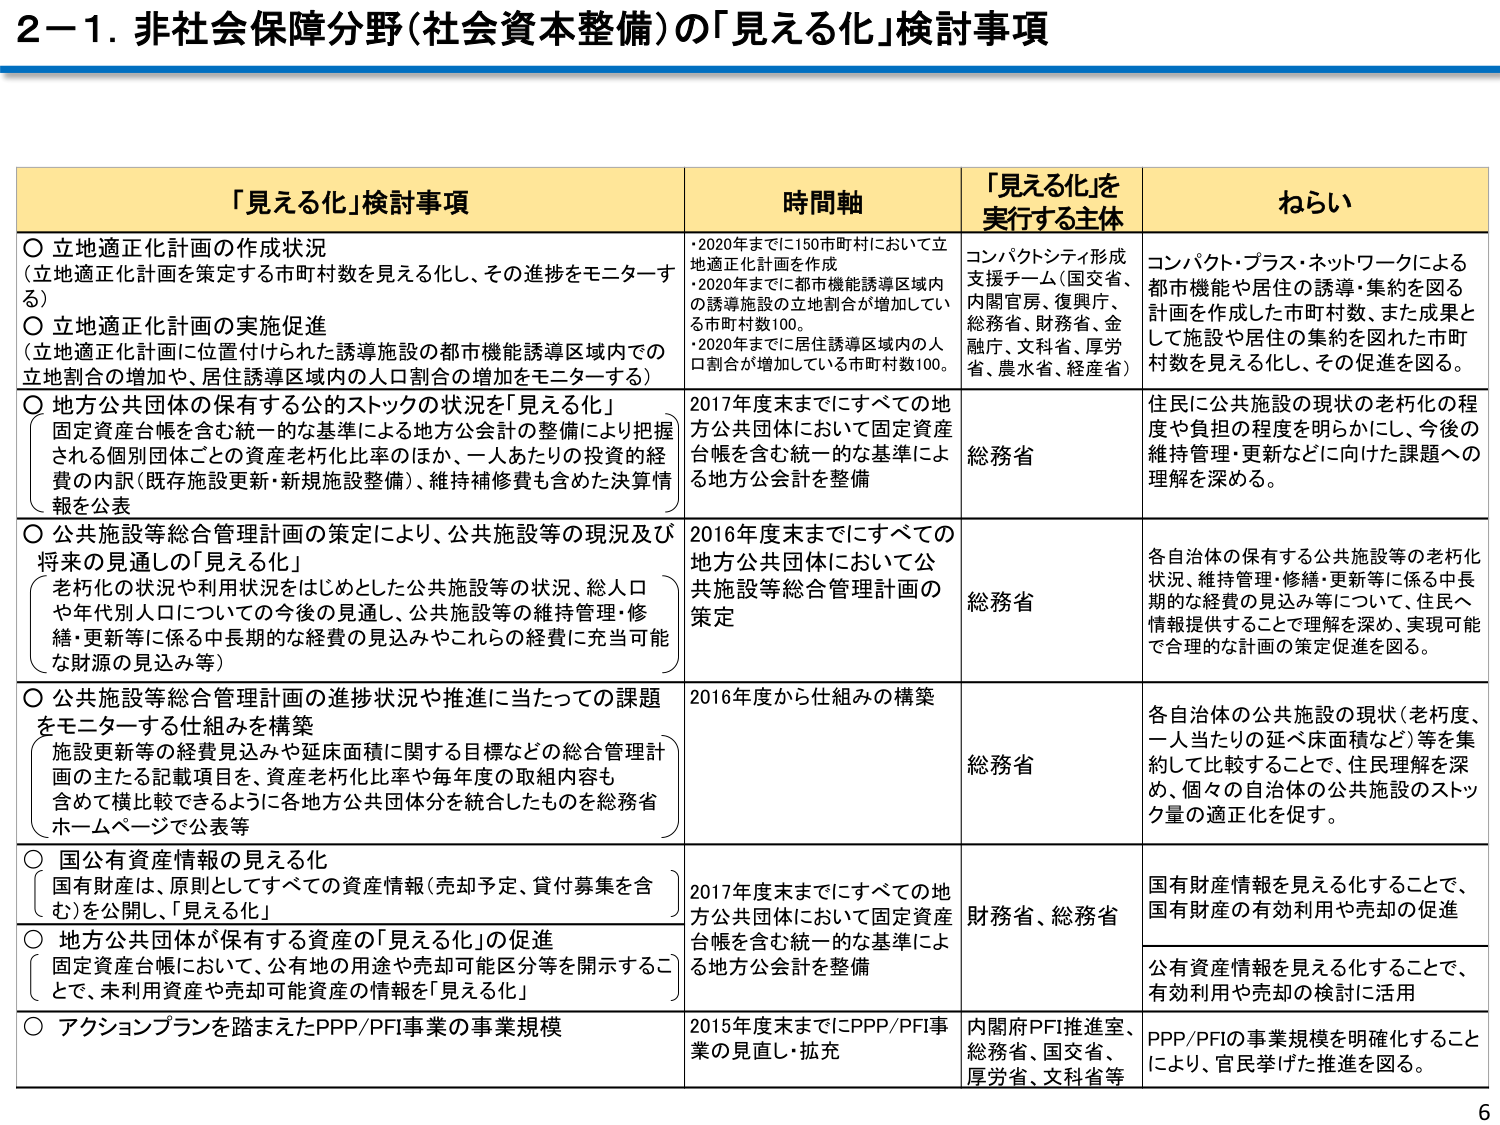
2－1．非社会保障分野（社会資本整備）の「見える化」検討事項

「見える化」検討事項　　　　　　　　　　　　　時間軸　　　　　　　　　　「見える化」を実行する主体　　　　　　　　ねらい

○ 立地適正化計画の作成状況
（立地適正化計画を策定する市町村数を見える化し、その進捗をモニターする）
○ 立地適正化計画の実施促進
（立地適正化計画に位置付けられた誘導施設の都市機能誘導区域内での立地割合の増加や、居住誘導区域内の人口割合の増加をモニターする）
・2020年までに150市町村において立地適正化計画を作成
・2020年までに都市機能誘導区域内の誘導施設の立地割合が増加している市町村数100。
・2020年までに居住誘導区域内の人口割合が増加している市町村数100。
コンパクトシティ形成支援チーム（国交省、内閣官房、復興庁、総務省、財務省、金融庁、文科省、厚労省、農水省、経産省）
コンパクト・プラス・ネットワークによる都市機能や居住の誘導・集約を図る計画を作成した市町村数、また成果として施設や居住の集約を図れた市町村数を見える化し、その促進を図る。

○ 地方公共団体の保有する公的ストックの状況を「見える化」
（固定資産台帳を含む統一的な基準による地方公会計の整備により把握される個別団体ごとの資産老朽化比率のほか、一人あたりの投資の経費の内訳（既存施設更新・新規施設整備）、維持補修費も含めた決算情報の公表）
2017年度末までにすべての地方公共団体において固定資産台帳を含む統一的な基準による地方公会計を整備
総務省
住民に公共施設の現状の老朽化の程度や負担の程度を明らかにし、今後の維持管理・更新などに向けた課題への理解を深める。

○ 公共施設等総合管理計画の策定により、公共施設等の現況及び将来の見通しの「見える化」
（老朽化の状況や利用状況をはじめとした公共施設等の状況、総人口や年代別人口についての今後の見通し、公共施設等の維持管理・修繕・更新等に係る中長期的な経費の見込みやこれら の経費に充当可能な財源の見込み等）
2016年度末までにすべての地方公共団体において公共施設等総合管理計画の策定
総務省
各自治体の保有する公共施設等の老朽化状況、維持管理・修繕・更新等に係る中長期的な経費の見込み等について、住民へ情報提供することで理解を深め、実現可能で合理的な計画の策定促進を図る。

○ 公共施設等総合管理計画の進捗状況や推進に当たっての課題をモニターする仕組みを構築
（施設更新等の経費見込みや延床面積に関する目標などの総合管理計画の主たる記載項目を、資産老朽化比率や毎年度の取組内容も含めて横比較できるように各地方公共団体分を統合したものを総務省ホームページで公表等）
2016年度から仕組みの構築
総務省
各自治体の公共施設の現状（老朽度、一人当たりの延べ床面積など）等を集約して比較することで、住民理解を深め、個々の自治体の公共施設のストック量の適正化を促す。

○ 国有資産情報の見える化
（国有財産は、原則としてすべての資産情報（売却予定、貸付募集を含む）を公開し、「見える化」）
2017年度末までにすべての地方公共団体において固定資産台帳を含む統一的な基準による地方公会計を整備
財務省、総務省
国有財産情報を見える化することで、国有財産の有効利用や売却の促進

○ 地方公共団体が保有する資産の「見える化」の促進
（固定資産台帳において、公有地の用途や売却可能区分等を開示することで、未利用資産や売却可能資産の情報を「見える化」）
公有資産情報を見える化することで、有効利用や売却の検討に活用

○ アクションプランを踏まえたPPP/PFI事業の事業規模
2015年度末までにPPP/PFI事業の見直し・拡充
内閣府PFI推進室、総務省、国交省、厚労省、文科省等
PPP/PFIの事業規模を明確化することにより、官民挙げた推進を図る。

6